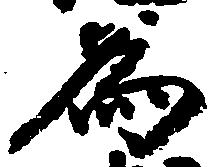
為